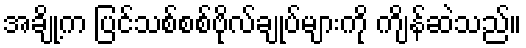
အချို့က ပြင်သစ်စစ်ဗိုလ်ချုပ်များကို ကျိန်ဆဲသည်။